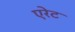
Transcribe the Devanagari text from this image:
एरेट